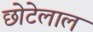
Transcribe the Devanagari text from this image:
छाेटेलाल